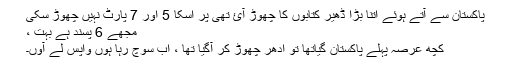
پاکستان سے آتے ہوئے اتنا بڑا ڈھیر کتابوں کا چھوڑ آئ تھی پر اسکا 5 اور 7 پارٹ نہیں چھوڑ سکی
مجھے 6 پسند ہے بہت ،
کچھ عرصہ پہلے پاکستان گیاتھا تو ادھر چھوڑ کر آگيا تھا ، اب سوچ رہا ہوں واپس لے آوں۔